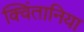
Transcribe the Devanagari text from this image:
क्विंतानिया